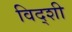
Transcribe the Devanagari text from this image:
विद्शी